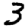
Digit: 3